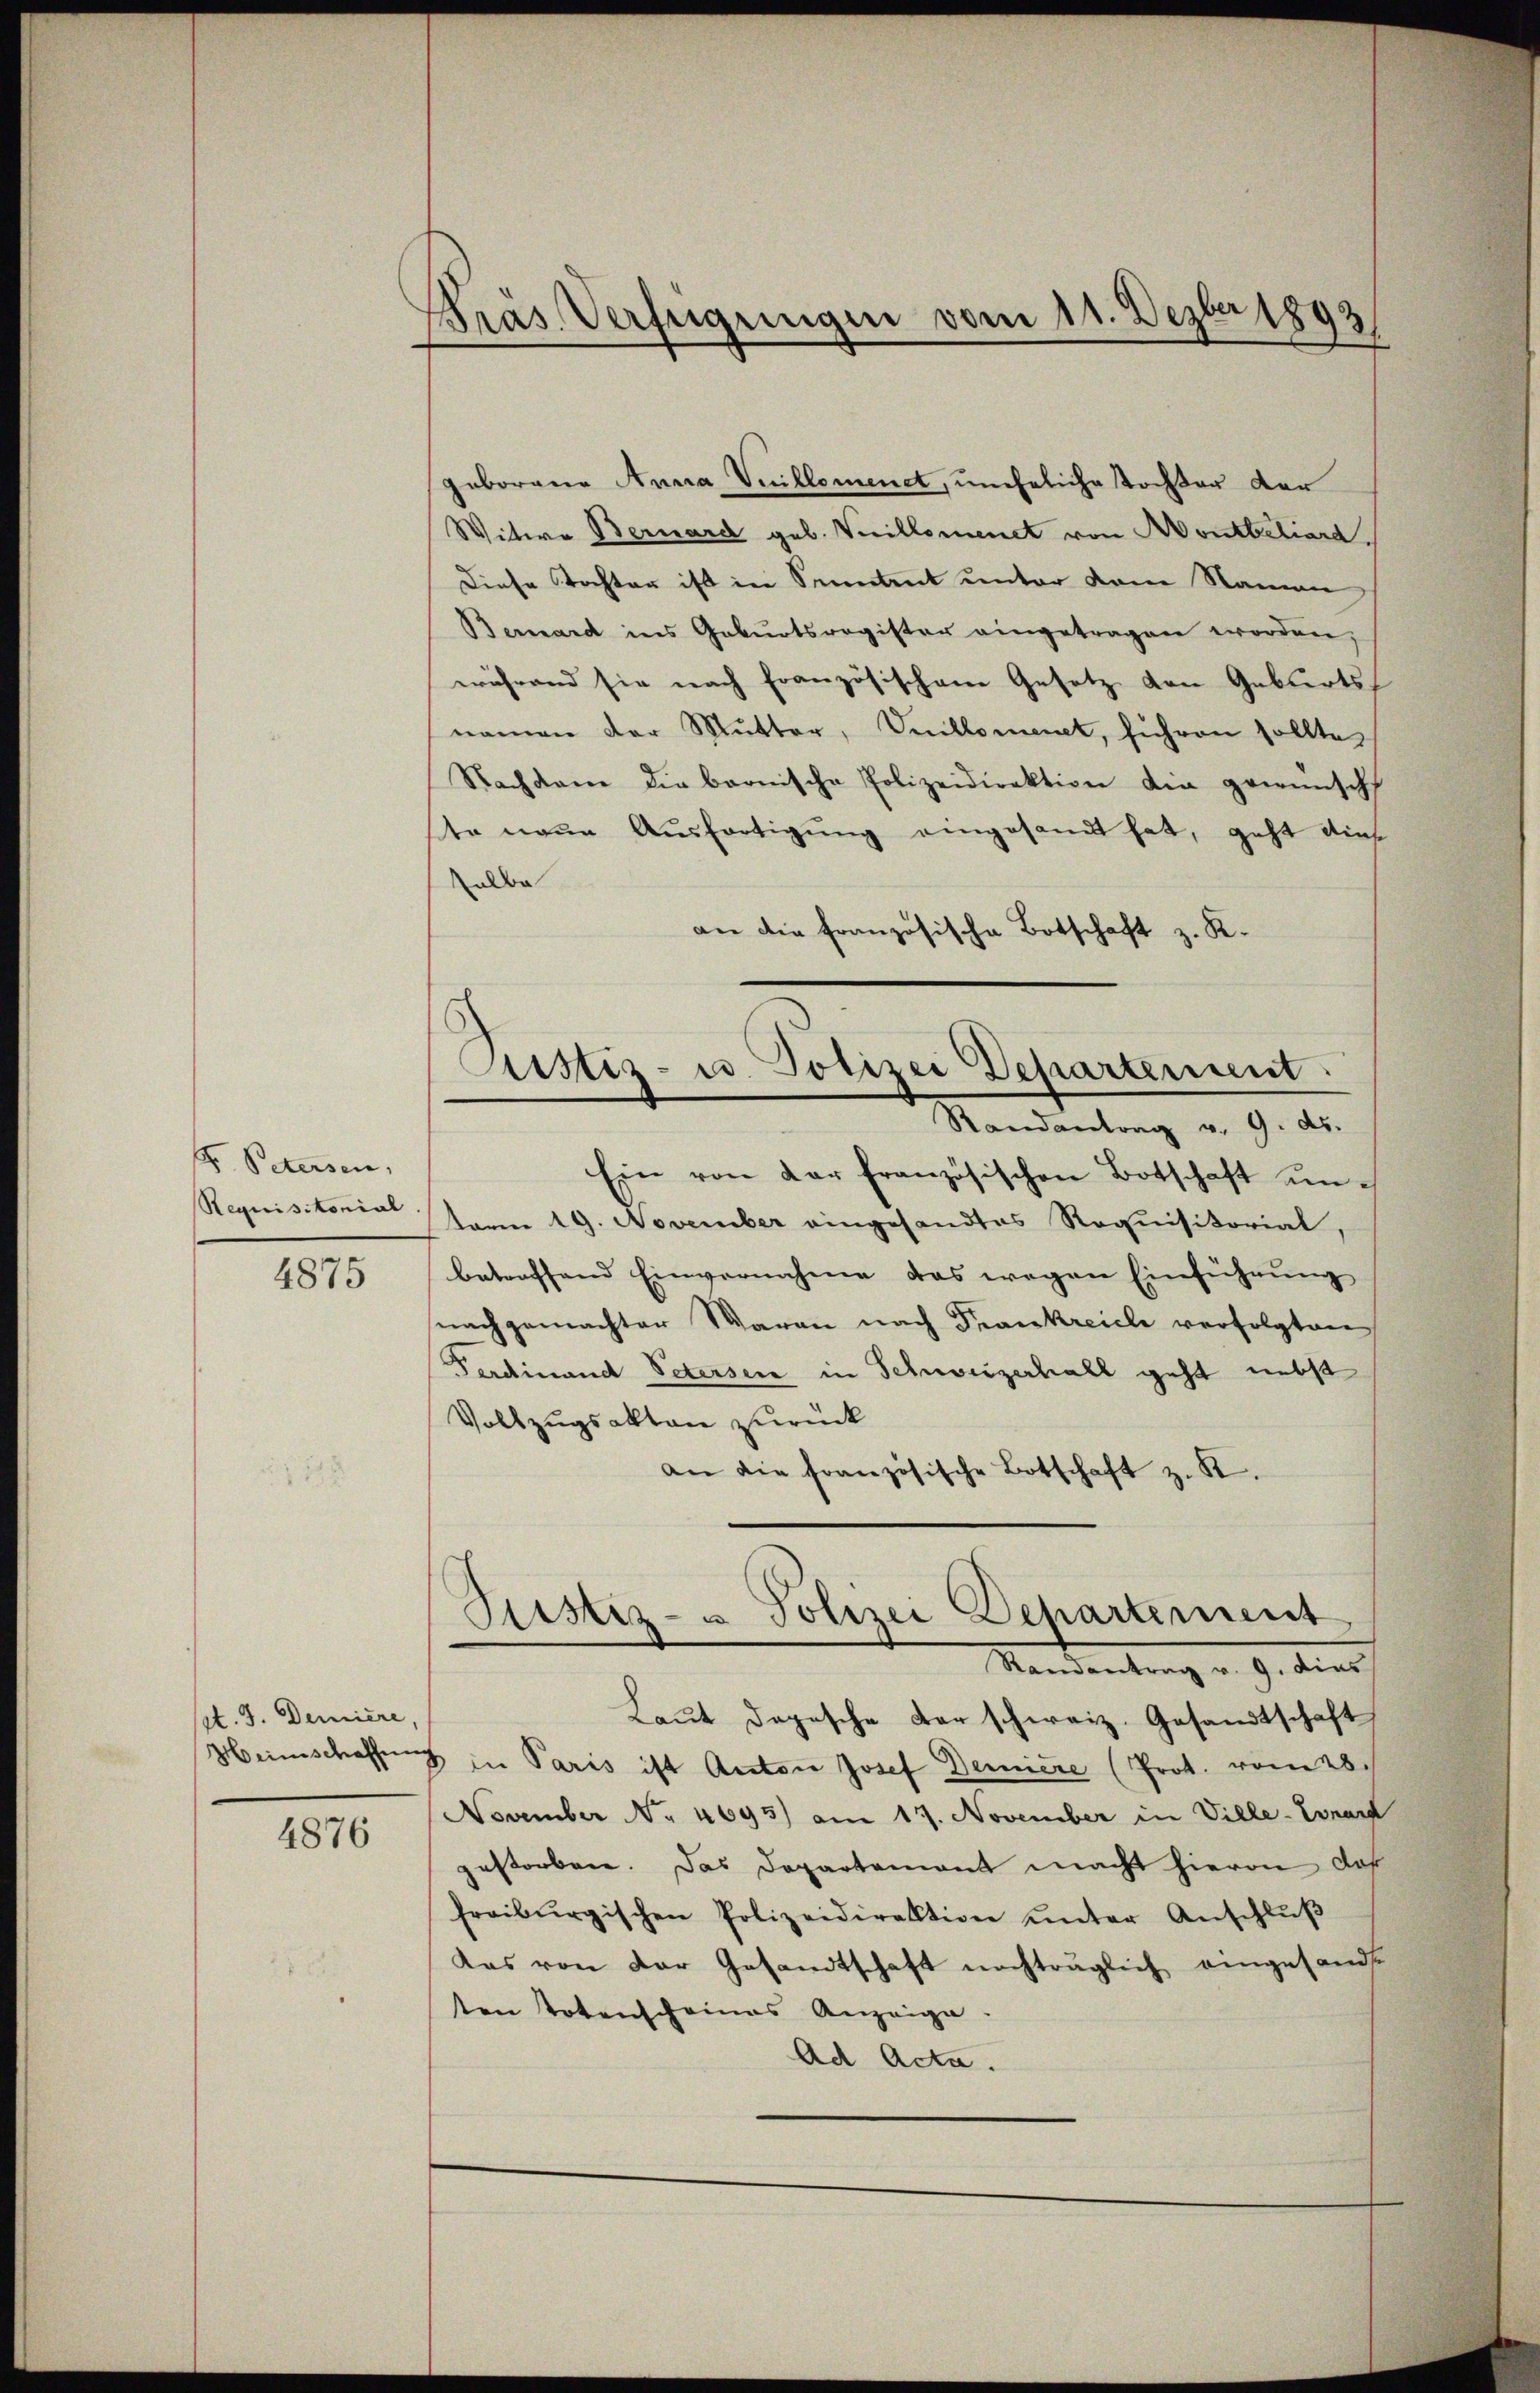
F. Petersen,
Requisitonial

4875

t. J. Deniere,

4876

Präs. Verfügungen vom 11. Dezbr 1893

geborene Anna Villement, uneheliche Tochter der
Witwe Bernard geb. Veillonenet von Montbiliara
Diese Tochter ist in Sonntent unter dem Namen h
Bernard ins Gebŭrtsregister eingetragen worden,
während sie nach französischem Gesetz den Geburts
namen der Mŭtter, Villement, führen sollte
Nachkam die barnische Polizeidirektion die gewünscht
ste neue Ausfertigung eingesandt hat, geht dies
alda
an die französische Botschaft z. R.
Ein von der französischen Botschaft unterm 19. November eingesandtes Requisitorial,
betreffend Einvernahme das wegen Einführŭng
nachgemachter Waran nach Frankreiele verfolgten
Ferdinand Petersen in Schweizerhall geht nebst
Vollzugsakten zurück
an die französische Botschaft z. K.
Justiz- & Polizei Dehartement
Mandantung v. 9. die
Laut dopesche der schweiz. Gesandtschaft
Heinschaffung in Paris ist Anton Josef Deniere (Prot. vom 28.
November No. 4693) am 17. November in Ville-Vorar
gestorben. Das Departement macht hieron, daß
freiburgischen Polizeidirektion ŭnter Anschlŭβ
Kas von der Gesandtschaft nachträglich eingesandt
ten Totenscheines Anzeige.
Ad Acta.

Justiz- u. Polizei Departenmit
Randantrag v. 9. ds.